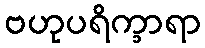
ဗဟုပရိက္ခာရာ